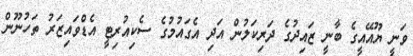
ވަނީ ޔޫއޭއީގެ ބާނީ ޒައިދުގެ ދަރިކަލުން އަދި އެގައުމުގެ ސެކިއުރިޓީ އެޑްވައިޒަރު ތަހުނޫން